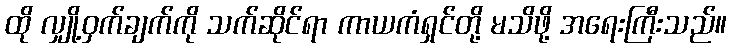
ထို လျှို့ဝှက်ချက်ကို သက်ဆိုင်ရာ ကာယကံရှင်တို့ မသိဖို့ အရေးကြီးသည်။